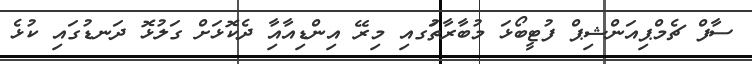
ސާފް ޗެމްޕިއަންޝިޕް ފުޓީބޯޅަ މުބާރާތުަގއި މިރޭ އިންޑިއާއާި ދެކޮޅަށް ގަލުޅޮ ދަނޑުގައި ކުޅެ